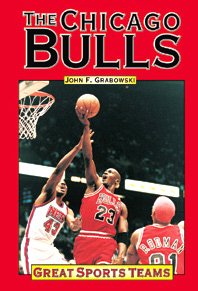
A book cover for Chicago Bulls (Great Sports Teams in History); John F. Grabowski; Teen & Young Adult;